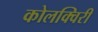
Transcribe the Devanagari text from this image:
कोलक्विरी